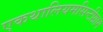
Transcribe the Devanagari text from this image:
एकथालियमसिन्टीग्राम